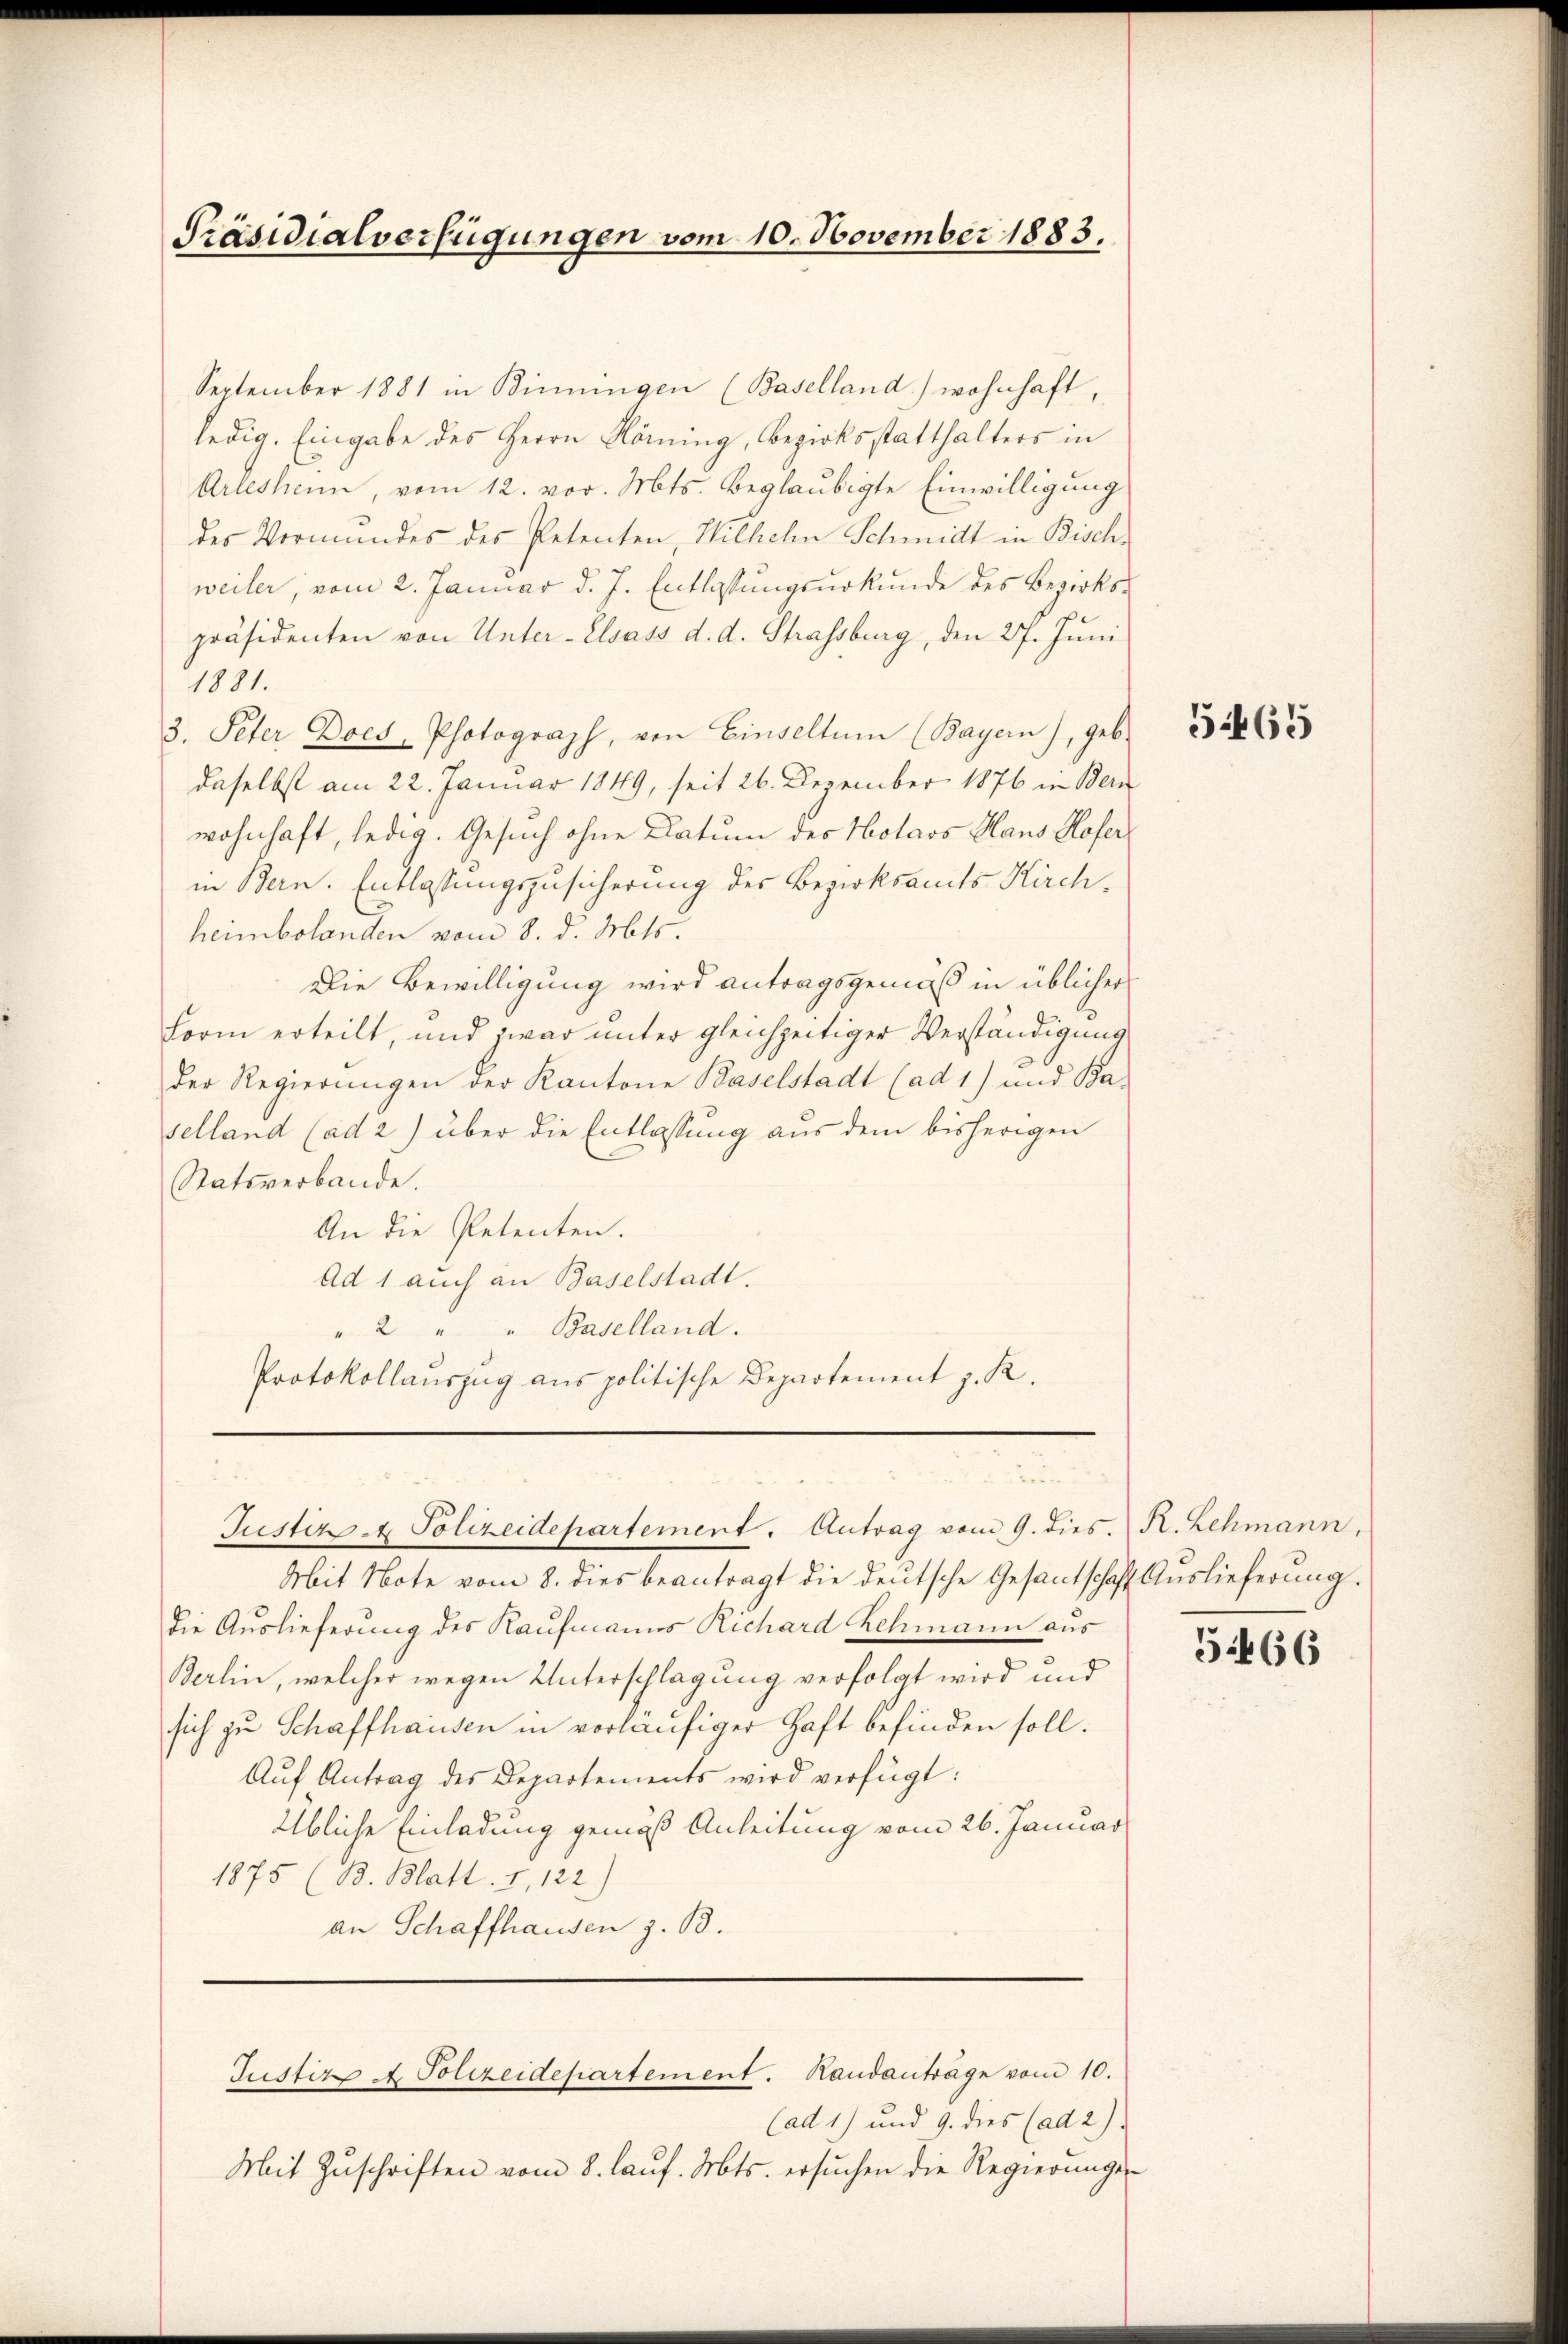
Präsidialverfügungen vom 10. November 1883.

September 1881 in Binningen (Baselland) wohnhaft,
ledig. Eingabe des Herrn Köning, Bezirksstatthalters in
Arleshenn, vom 12. vor. Mts. beglaubigte Einwilligung
des Vormundes des Petenten, Wilhelm Schmidt in Bisch-
weiler, vom 2. Januar d. J. Entlassungsurkunde des Bezirkspräsidenten von Unter-Elsass d. d. Strassburg, den 27. Juni
1881.
3. Peter Docs, Photograph, von Einseltum (Bayern), geb.
daselbst am 22. Januar 1849, seit 26. Dezember 1876 in Bern
wohnhaft, ledig. Gesuch ohne Datum des Holaos Haus Hofer
in Bern. Entlassungszusicherung des Bezirksamts Kirchheimbolanden vom 8. d. Mts.
Die Bewilligung wird antragsgemäß in üblicher
Form erteilt, und zwar unter gleichzeitiger Verständigung
der Regierungen der Kantone Baselstadt (ad 1) und Ba-
selland (ad 2) über die Entlassung aus dem bisherigen
Statsverbande.
An die Petenten.
Ad 1 auch an Baselstadt.
" 2 " " Baselland.
Protokollauszug aus politische Departement z. K.
Justiz - Polizeidepartement. Antrag vom 9. dies. R. Lehmann,
Mit Note vom 8. dies beantragt die deutsche Gesantschaft Auslieferung.
die Auslieferung des Kaufmanns Richard Rehmann aus
Berlin, welcher wegen Unterschlagung verfolgt wird und
sich zu Schaffhausen in vorläufiger Haft befinden soll.
Aŭf Antrag des Departements wird verfügt:
Übliche Einladung gemäß Anleitung vom 26. Januar
1875 (B. Blatt. I, 122)
an Schaffhausen z. B.

(ad 1) und 9. dies (ad 2)
Mit Zuschriften vom 8. lauf. Mts. ersuchen die Regierungen

Justiz & Polizeidepartement. Randanträge vom 10.

51465

5466